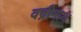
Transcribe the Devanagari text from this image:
वद्रीनाथ